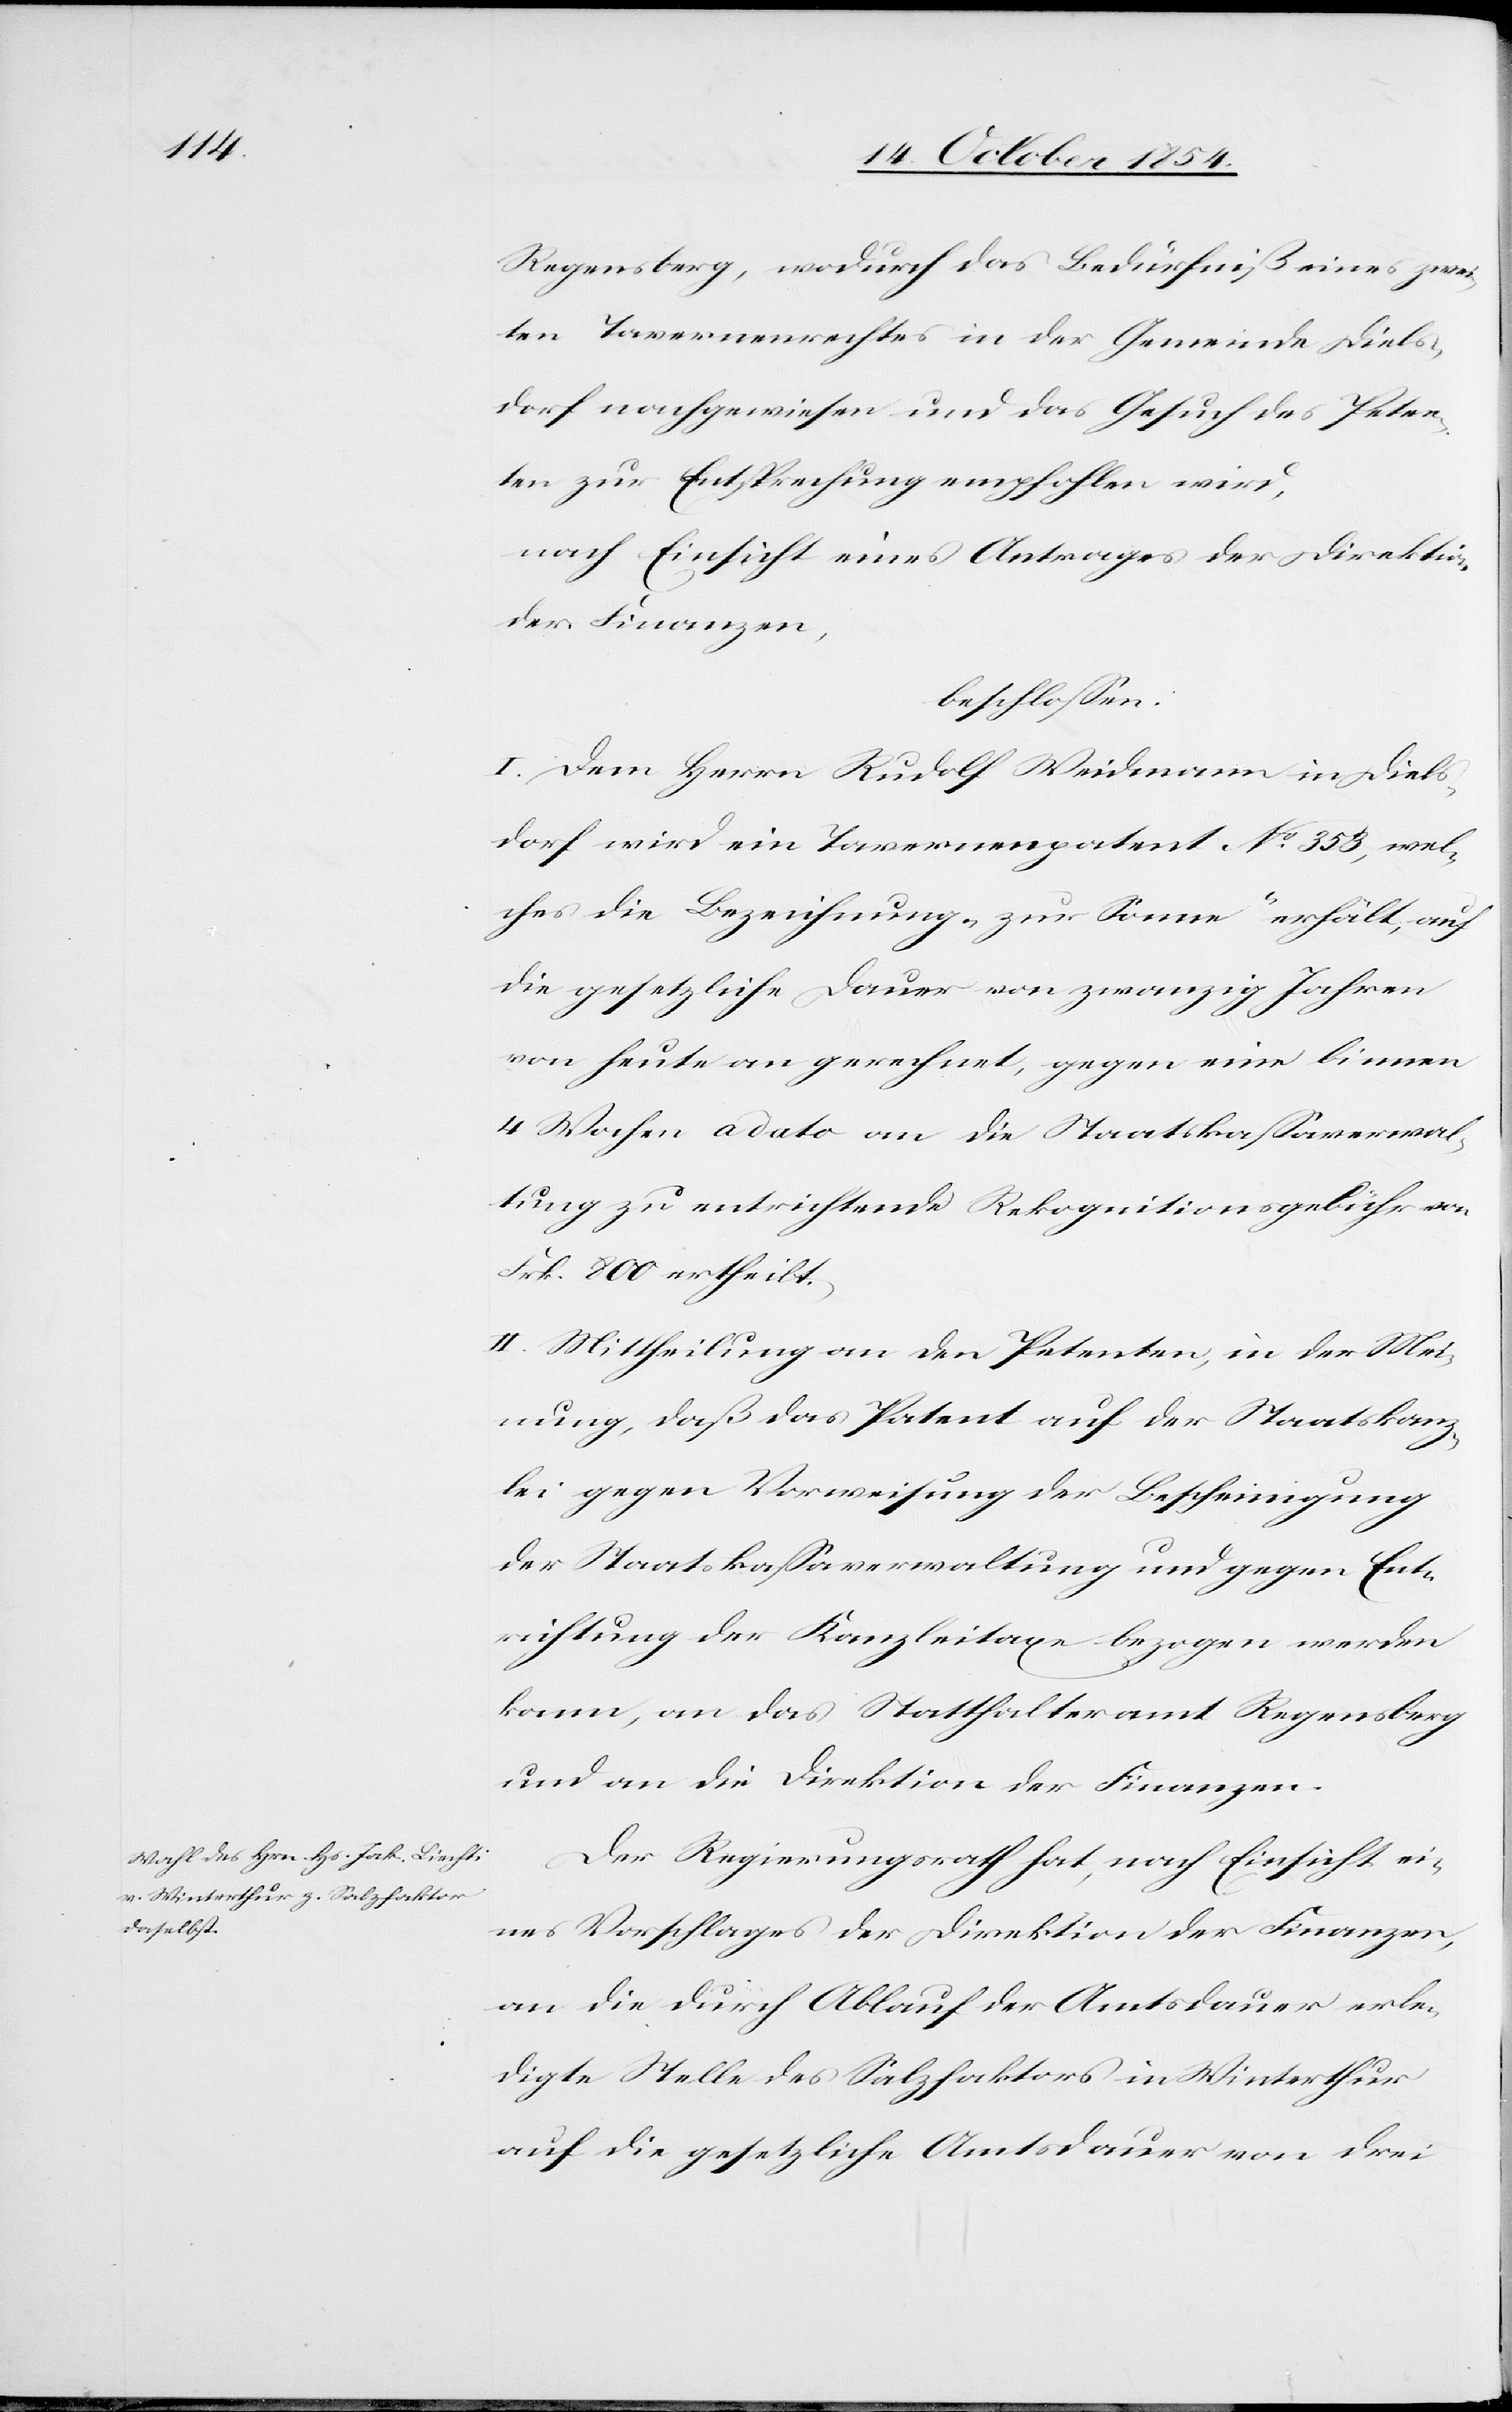
Regensberg, wodurch das Bedürfniß eines zwei¬
ten Tavernenrechtes in der Gemeinde Diels¬
dorf nachgewiesen und das Gesuch des Peten¬
ten zur Entsprechung empfohlen wird,
nach Einsicht eines Antrages der Direktion
der Finanzen,
beschloßen:
I. Dem Herrn Rudolf Weidmann in Diels¬
dorf wird ein Tavernenpatent No 353, wel¬
ches die Bezeichnung „zur Sonne“ erhält, auf
die gesetzliche Dauer von zwanzig Jahren
von heute an gerechnet, gegen eine binnen
4 Wochen a dato an die Staatskaßaverwal¬
tung zu entrichtende Rekognitionsgebühr von
Frk. 800 ertheilt.
II. Mittheilung an den Petenten, in der Mei¬
nung, daß das Patent auf der Staatskanz¬
lei gegen Vorweisung der Bescheinigung
der Staatskaßaverwaltung und gegen Ent¬
richtung der Kanzleitaxe bezogen werden
kann, an das Statthalteramt Regensberg
und an die Direktion der Finanzen.
Der Regierungsrath hat, nach Einsicht ei¬
nes Vorschlages der Direktion der Finanzen,
an die durch Ablauf der Amtsdauer erle¬
digte Stelle des Salzfaktors in Winterthur
auf die gesetzliche Amtsdauer von drei